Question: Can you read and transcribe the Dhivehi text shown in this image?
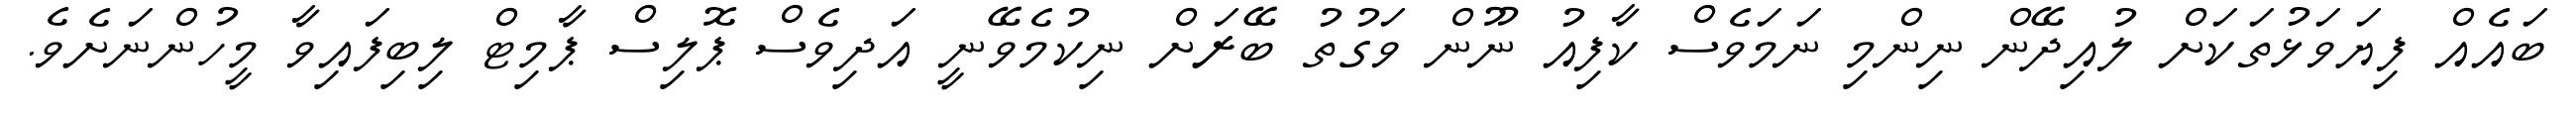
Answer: ބައެއް ފިޔަވަޅުތަކަށް ލުއިދޭން ނިންމި ނަމަވެސް ކާފިއު ނޫން ވަގުތު ބޭރަށް ނިކުމެވޭނީ އަދިވެސް ޕޮލިސް ޕާމިޓް ލިބިފައިވާ މީހުންނަށެވެ.